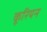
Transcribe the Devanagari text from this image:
कूरियन